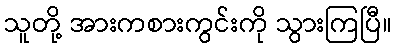
သူတို့ အားကစားကွင်းကို သွားကြပြီ။